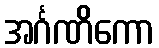
အင်္ဂဏိကော